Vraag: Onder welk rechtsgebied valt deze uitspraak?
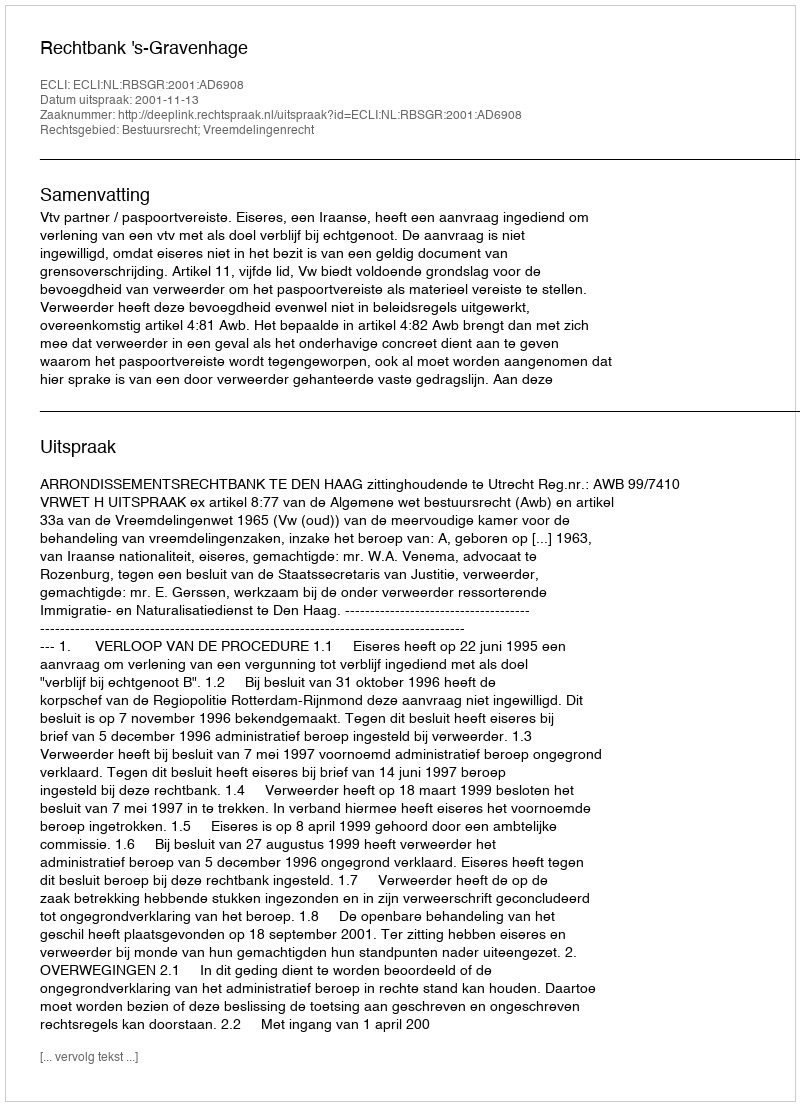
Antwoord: Bestuursrecht; Vreemdelingenrecht